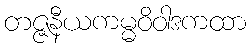
တဇ္ဇနီယကမ္မဝိဝါဒကထာ